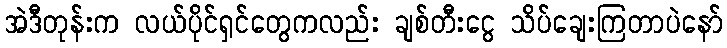
အဲဒီတုန်းက လယ်ပိုင်ရှင်တွေကလည်း ချစ်တီးငွေ သိပ်ချေးကြတာပဲနော်